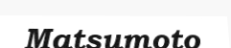
Matsumoto